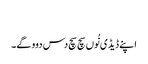
‏
اپنے ڈیڈی نُوں سچ سچ دس دوو گے۔